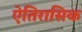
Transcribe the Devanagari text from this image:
ऐतिरासिक